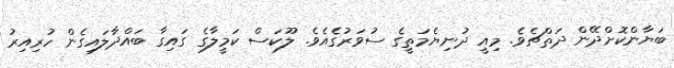
ބަޔާންކޮށްދޭން ދަތްޗެވެ. މިއީ ދުނިޔެމަތީގެ ސުވަރުގެއެވެ. ލޫކަސް ކަމީލާގެ ގައިގާ ބައްދާލައިގެން ހުރިއިރު